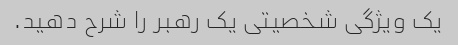
یک ویژگی شخصیتی یک رهبر را شرح دهید.